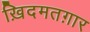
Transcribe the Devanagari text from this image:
ख़िदमतग़ार